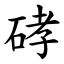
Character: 硣